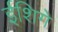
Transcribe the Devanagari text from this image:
ईशिगे